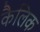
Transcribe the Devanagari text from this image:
कैलिक